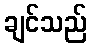
ချင်သည်